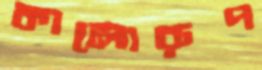
কালোরূপ